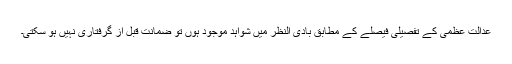
عدالت عظمٰی کے تفصیلی فیصلے کے مطابق بادی النظر میں شواہد موجود ہوں تو ضمانت قبل از گرفتاری نہیں ہو سکتی۔